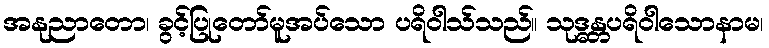
အနုညာတော၊ ခွင့်ပြုတော်မူအပ်သော ပရိဝါသ်သည်။ သုဒ္ဓန္တပရိဝါသောနာမ၊